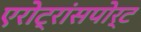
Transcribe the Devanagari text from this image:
एरोट्रांसपोर्ट